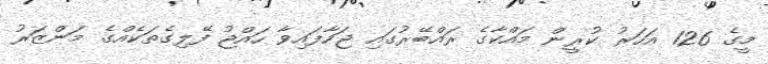
މީގެ 126 އަހަރު ކުރީން މައްކާގެ ރައްބޭރުގައި ޖަހާފައިވާ ހައްޖު ފޭލިގެތަކެއްގެ މަންޒަރު